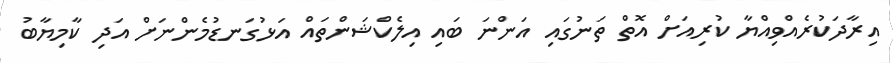
އިރާދަކުރެއްވިއްޔާ ކުރިއަށް އޮތް ތަނުގައި އަންނަ ބައި އިލެކްޝަންތައް އަޅުގަނޑުމެންނަށް އަދި ކާމިޔާބު